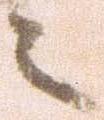
之